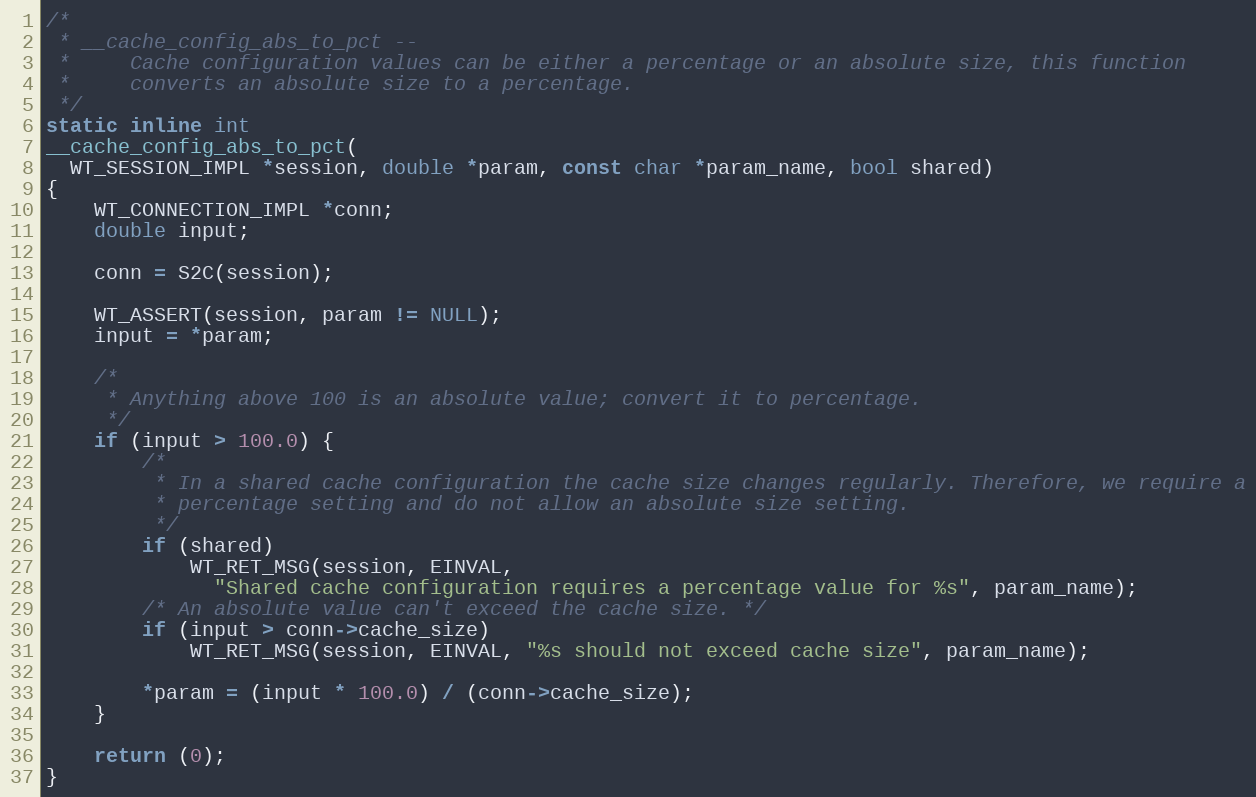
Language: C
/*
 * __cache_config_abs_to_pct --
 *     Cache configuration values can be either a percentage or an absolute size, this function
 *     converts an absolute size to a percentage.
 */
static inline int
__cache_config_abs_to_pct(
  WT_SESSION_IMPL *session, double *param, const char *param_name, bool shared)
{
    WT_CONNECTION_IMPL *conn;
    double input;

    conn = S2C(session);

    WT_ASSERT(session, param != NULL);
    input = *param;

    /*
     * Anything above 100 is an absolute value; convert it to percentage.
     */
    if (input > 100.0) {
        /*
         * In a shared cache configuration the cache size changes regularly. Therefore, we require a
         * percentage setting and do not allow an absolute size setting.
         */
        if (shared)
            WT_RET_MSG(session, EINVAL,
              "Shared cache configuration requires a percentage value for %s", param_name);
        /* An absolute value can't exceed the cache size. */
        if (input > conn->cache_size)
            WT_RET_MSG(session, EINVAL, "%s should not exceed cache size", param_name);

        *param = (input * 100.0) / (conn->cache_size);
    }

    return (0);
}